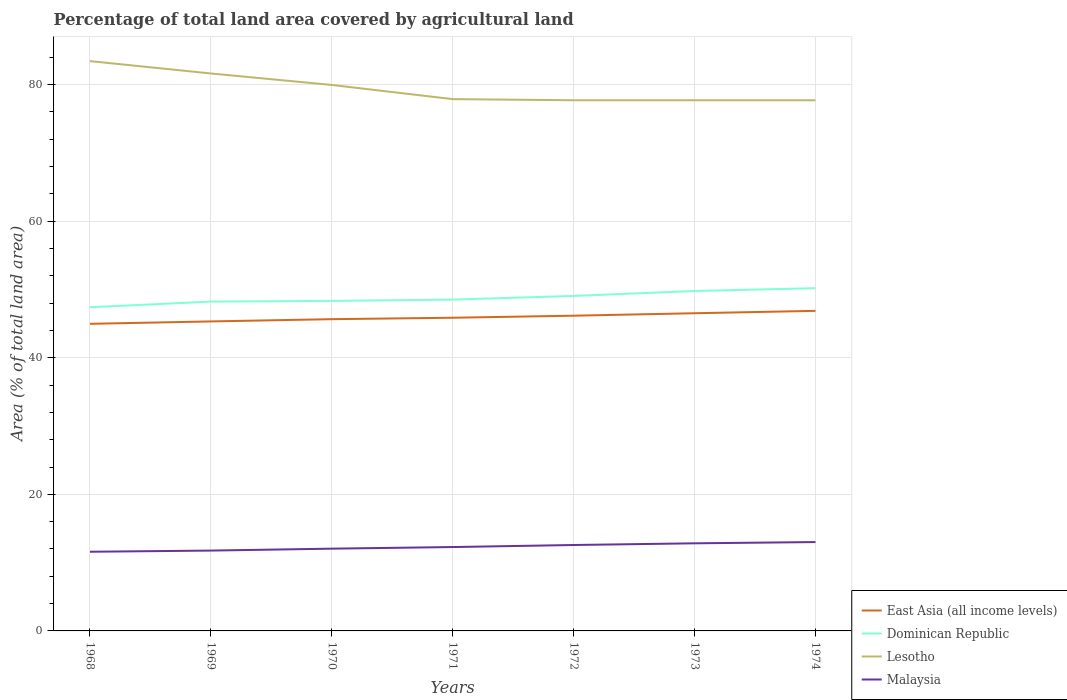
| Years | East Asia (all income levels) | Dominican Republic | Lesotho | Malaysia |
 | --- | --- | --- | --- | --- |
 | 1968 | 45 | 47.4 | 83.4 | 11.6 |
 | 1969 | 45.3 | 48.2 | 81.6 | 11.8 |
 | 1970 | 45.6 | 48.3 | 79.9 | 12 |
 | 1971 | 45.9 | 48.5 | 77.9 | 12.3 |
 | 1972 | 46.2 | 49 | 77.7 | 12.6 |
 | 1973 | 46.5 | 49.8 | 77.7 | 12.8 |
 | 1974 | 46.9 | 50.2 | 77.7 | 13 |